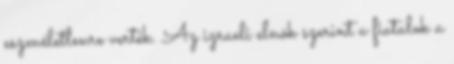
eszméletlenre verték. Az izraeli elnök szerint a fiatalok a